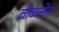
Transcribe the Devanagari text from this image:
वोब्ब्लेस